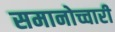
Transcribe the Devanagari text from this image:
समानोच्चारी